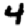
Digit: 4